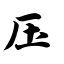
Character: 压